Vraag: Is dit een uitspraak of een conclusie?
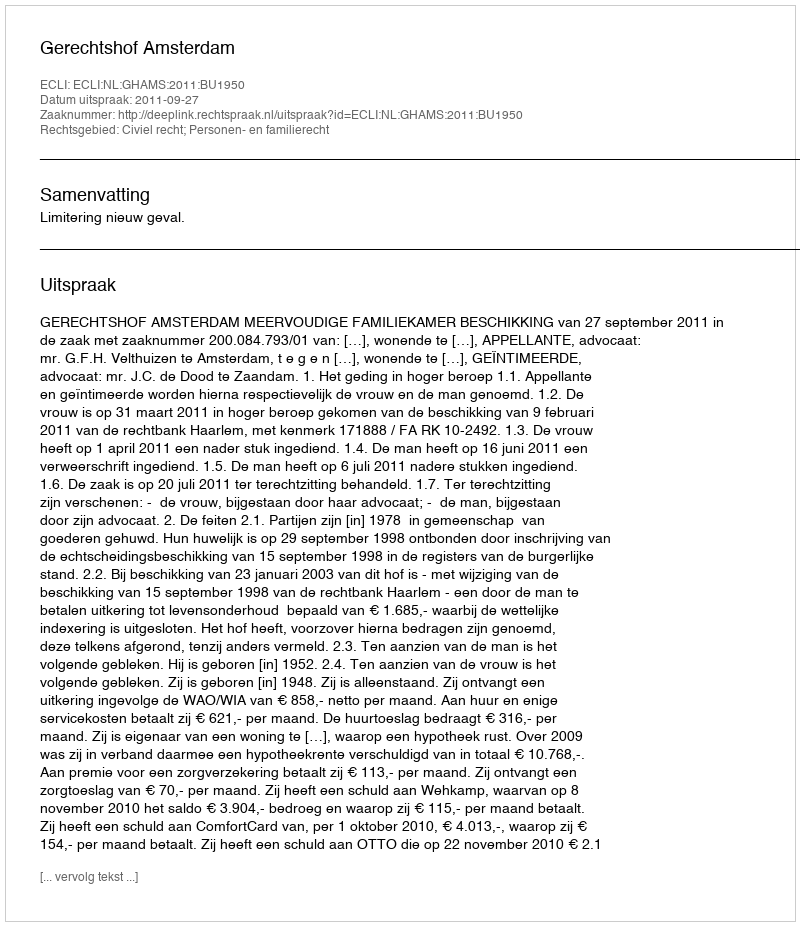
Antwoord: Uitspraak